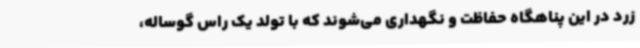
زرد در این پناهگاه حفاظت و نگهداری می‌شوند که با تولد یک راس گوساله،